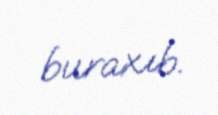
buraxıb.